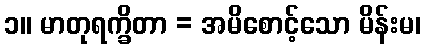
၁။ မာတုရက္ခိတာ = အမိစောင့်သော မိန်းမ၊